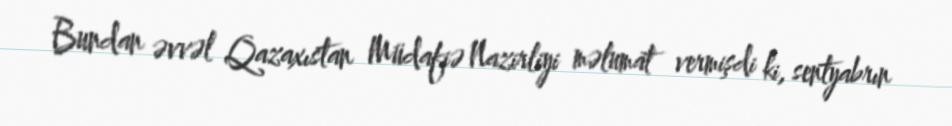
Bundan əvvəl Qazaxıstan Müdafiə Nazirliyi məlumat vermişdi ki, sentyabrın